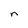
Character: n